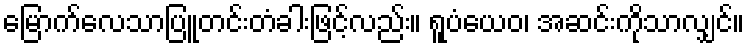
မြောက်လေသာပြူတင်းတံခါးဖြင့်လည်း။ ရူပံယေဝ၊ အဆင်းကိုသာလျှင်။